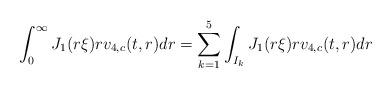
LaTeX: \begin{align*} \int_{0}^{\infty} J_{1}(r \xi) r v_{4,c}(t,r) dr&=\sum_{k=1}^{5}\int_{I_{k}} J_{1}(r\xi) r v_{4,c}(t,r) dr\end{align*}